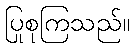
ပြုစုကြသည်။